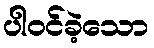
ပါဝင်ခဲ့သော